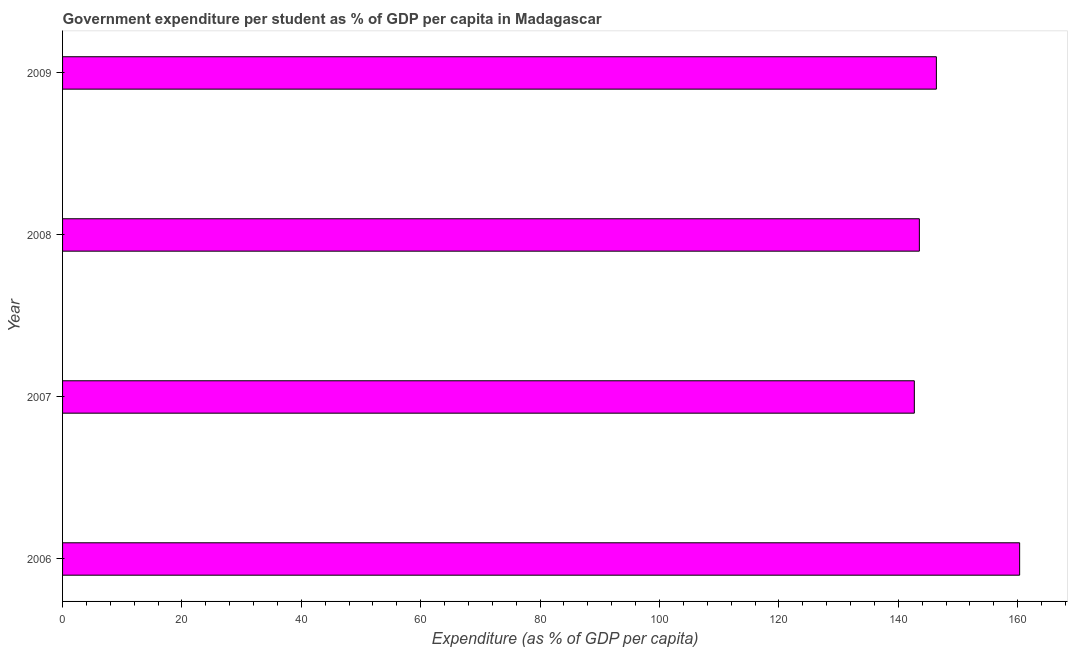
| Year | Government expenditure per tertiary student |
 | --- | --- |
 | 2006 | 160 |
 | 2007 | 143 |
 | 2008 | 144 |
 | 2009 | 146 |